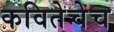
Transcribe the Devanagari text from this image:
कवितेचेच